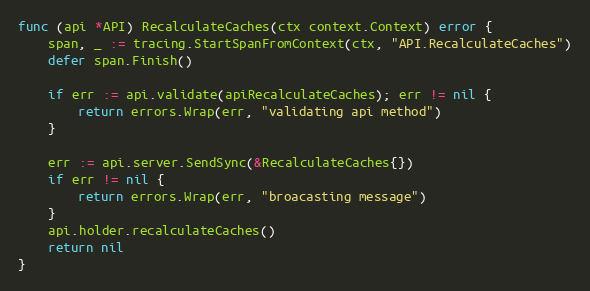
Language: Go
func (api *API) RecalculateCaches(ctx context.Context) error {
	span, _ := tracing.StartSpanFromContext(ctx, "API.RecalculateCaches")
	defer span.Finish()

	if err := api.validate(apiRecalculateCaches); err != nil {
		return errors.Wrap(err, "validating api method")
	}

	err := api.server.SendSync(&RecalculateCaches{})
	if err != nil {
		return errors.Wrap(err, "broacasting message")
	}
	api.holder.recalculateCaches()
	return nil
}